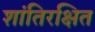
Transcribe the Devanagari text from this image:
शांतिरक्षित